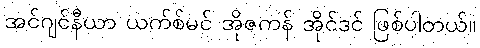
အင်ဂျင်နီယာ ယက်စ်မင် အိုဇကန် အိုင်ဒင် ဖြစ်ပါတယ်။